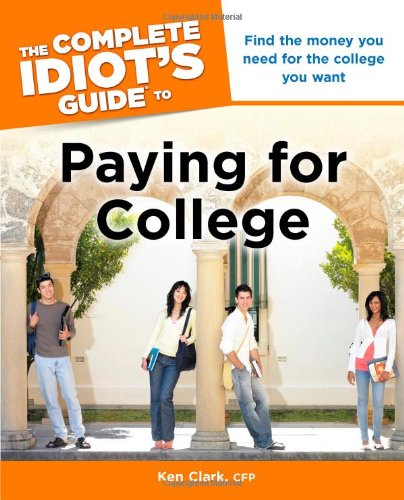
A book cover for The Complete Idiot's Guide to Paying for College (Idiot's Guides); CFP, Ken Clark; Business & Money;